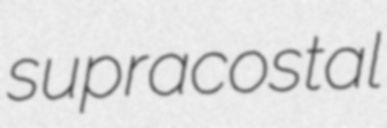
supracostal